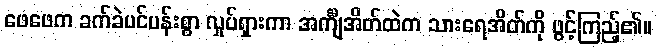
ဖေဖေက ခက်ခဲပင်ပန်းစွာ လှုပ်ရှားကာ အင်္ကျီအိတ်ထဲက သားရေအိတ်ကို ဖွင့်ကြည့်၏။